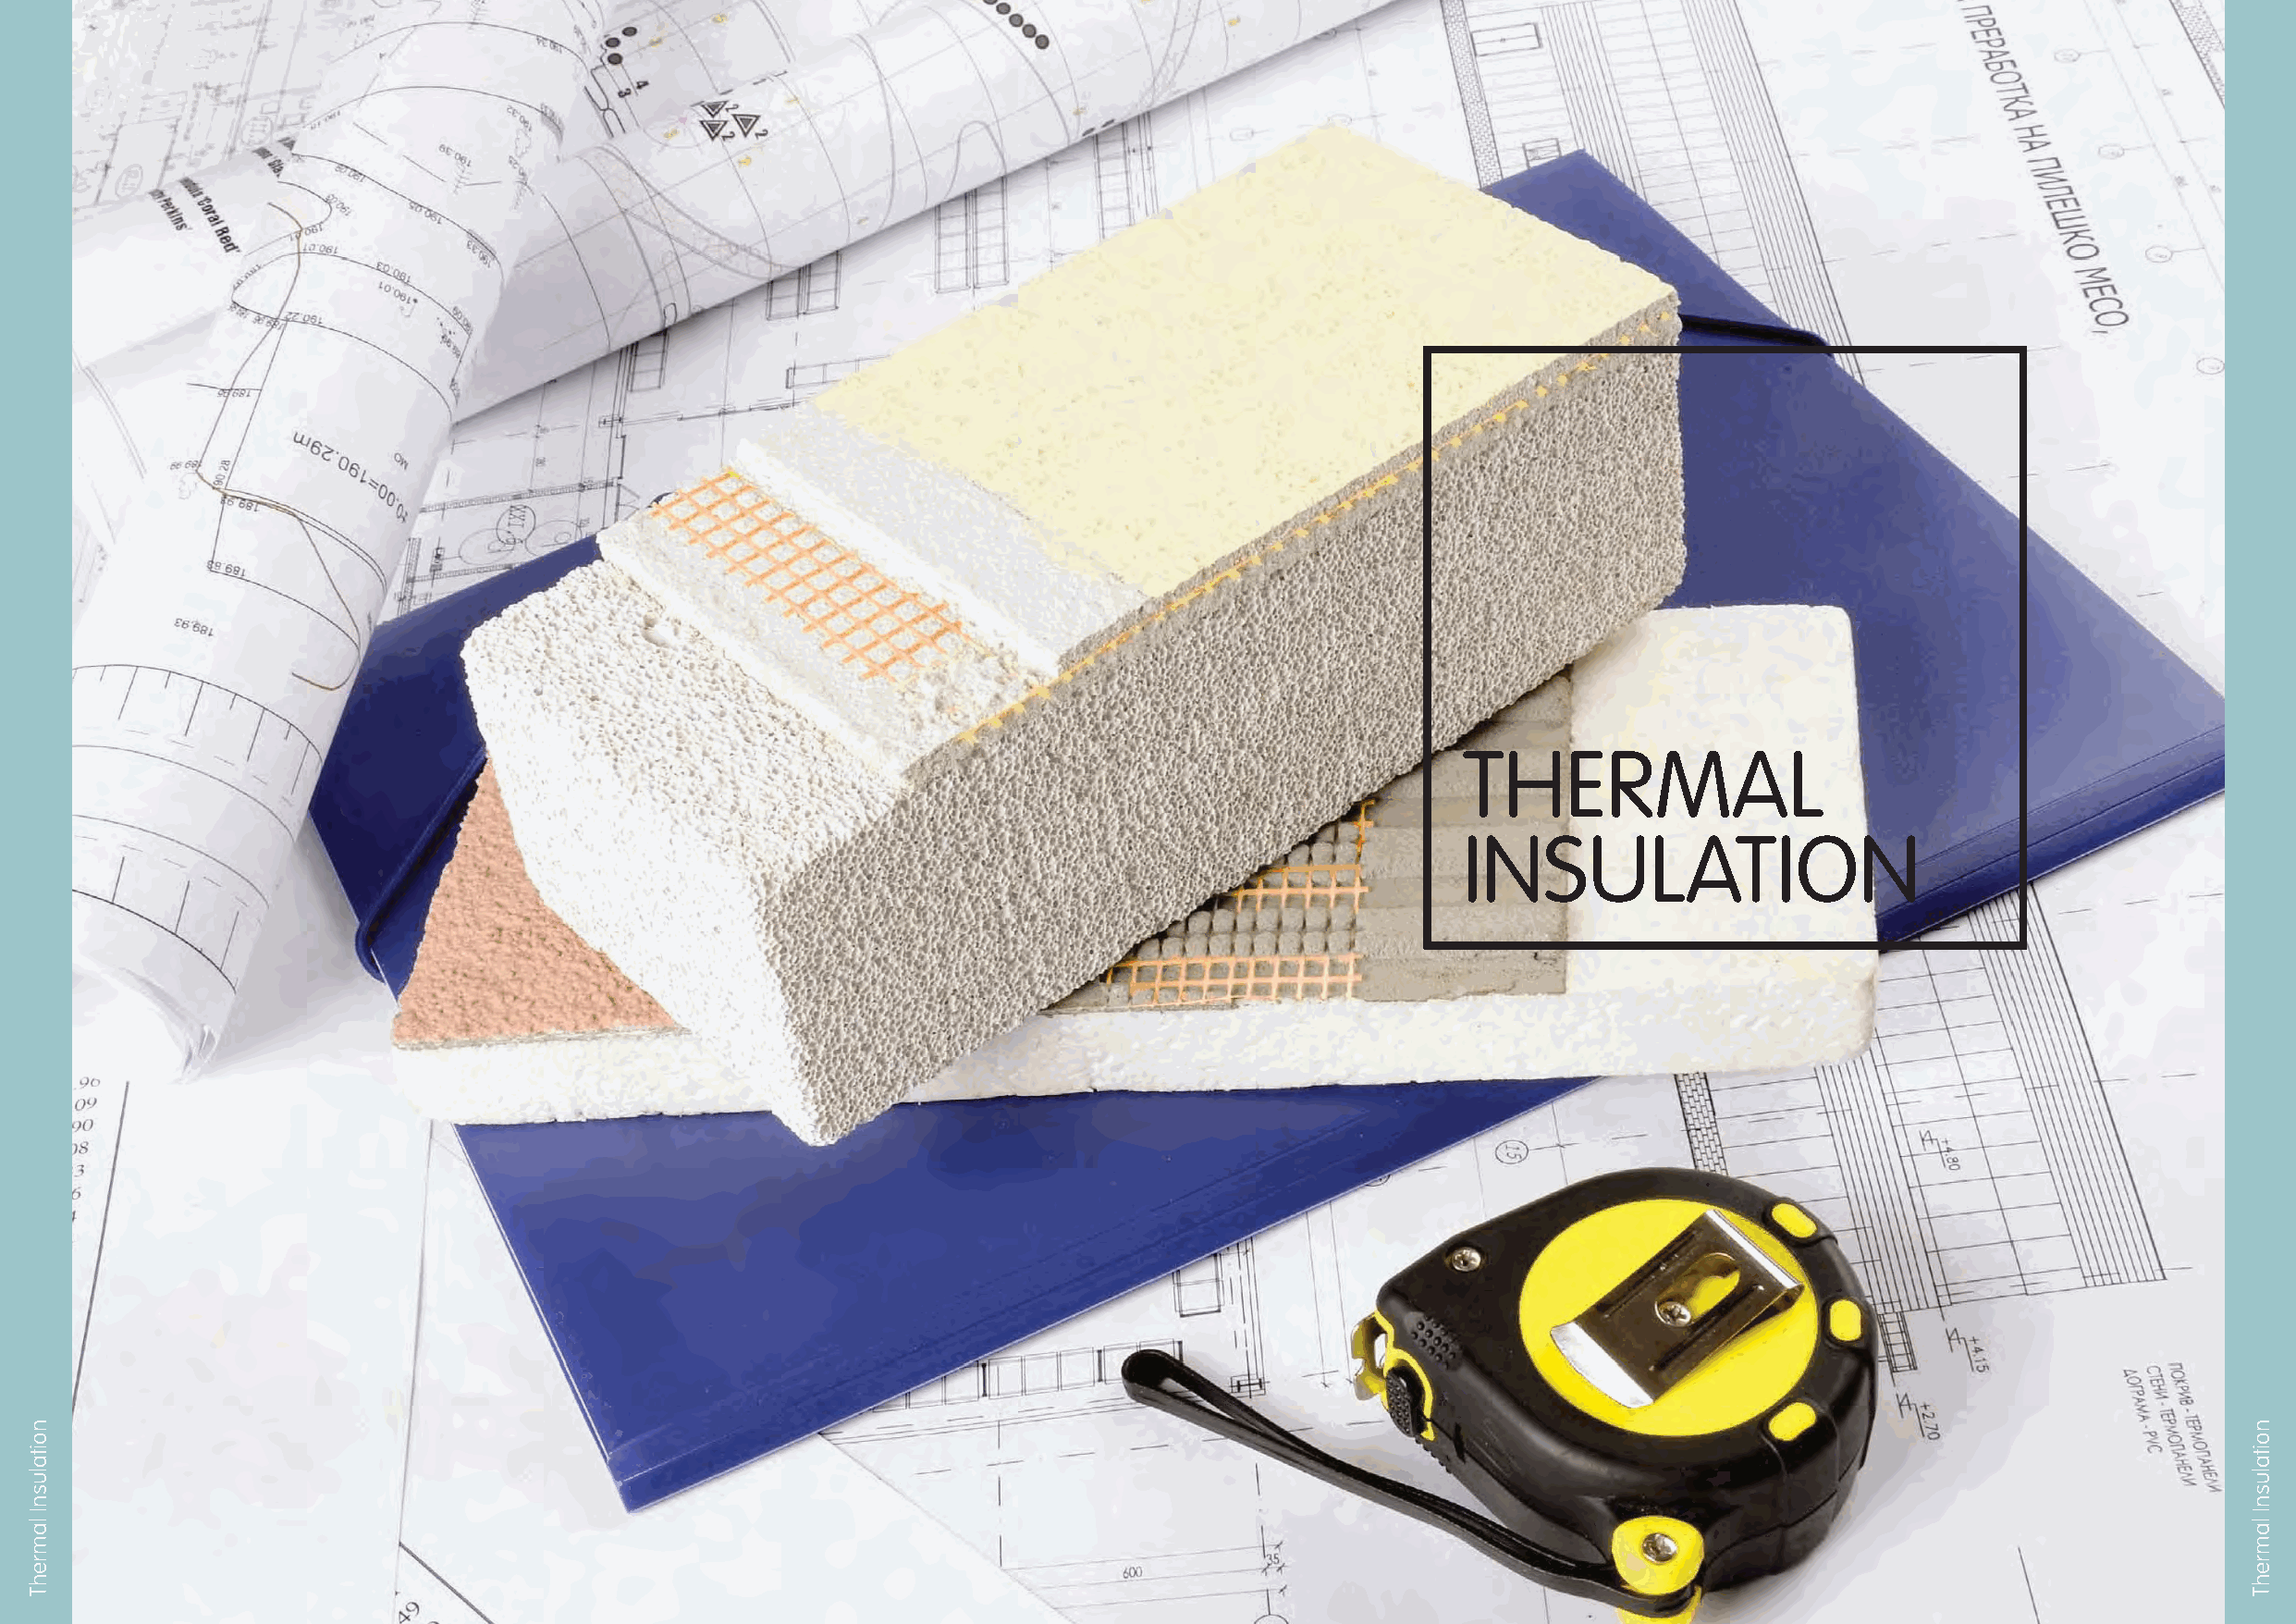
THERMAL
 INSULATION
 110                                                                                                                                             111
 noitalusnI
 lamrehT
 noitalusnI
 lamrehT